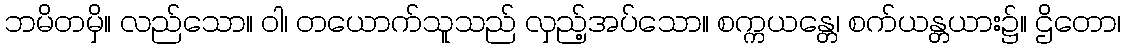
ဘမိတမှိ။ လည်သော။ ဝါ၊ တယောက်သူသည် လှည့်အပ်သော။ စက္ကယန္တေ၊ စက်ယန္တယား၌။ ဌိတော၊